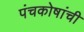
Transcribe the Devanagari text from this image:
पंचकोषांची